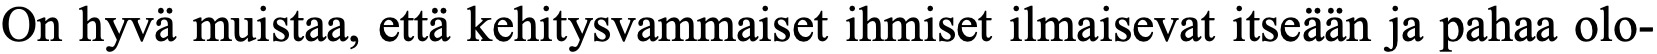
On hyvä muistaa, että kehitysvammaiset ihmiset ilmaisevat itseään ja pahaa olo-